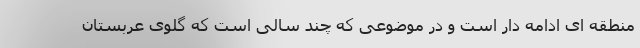
منطقه ای ادامه دار است و در موضوعی که چند سالی است که گلوی عربستان